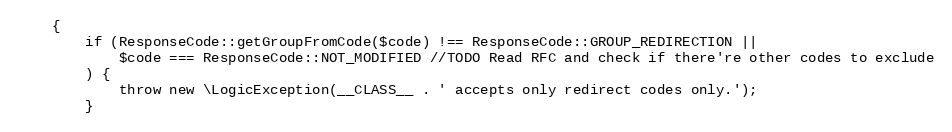
Language: PHP
    {
        if (ResponseCode::getGroupFromCode($code) !== ResponseCode::GROUP_REDIRECTION ||
            $code === ResponseCode::NOT_MODIFIED //TODO Read RFC and check if there're other codes to exclude
        ) {
            throw new \LogicException(__CLASS__ . ' accepts only redirect codes only.');
        }